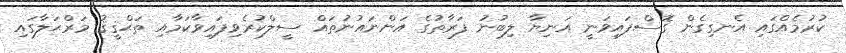
ކުރުމެއްގައި އެނގިގެން ގޮސްފައިވަނީ އަނިޔާ ލިބުނު ފަރާތުގެ އަންނައުނުތައް ސީލްކުރެވިފައިވާކަމާއި ތަޙްޤީޤު މަރްޙަލާގައި